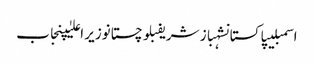
اسمبلیپاکستانشہباز شریفبلوچستانوزیر اعلیٰپنجاب